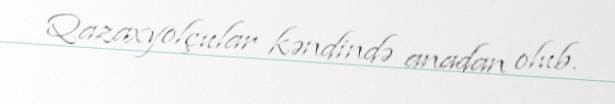
Qazaxyolçular kəndində anadan olub.